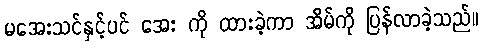
မအေးသင်နှင့်ပင် အေး ကို ထားခဲ့ကာ အိမ်ကို ပြန်လာခဲ့သည်။